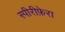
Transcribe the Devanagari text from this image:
स्पीरीफ़ेरा